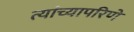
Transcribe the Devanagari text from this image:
त्यांच्यापरिणे